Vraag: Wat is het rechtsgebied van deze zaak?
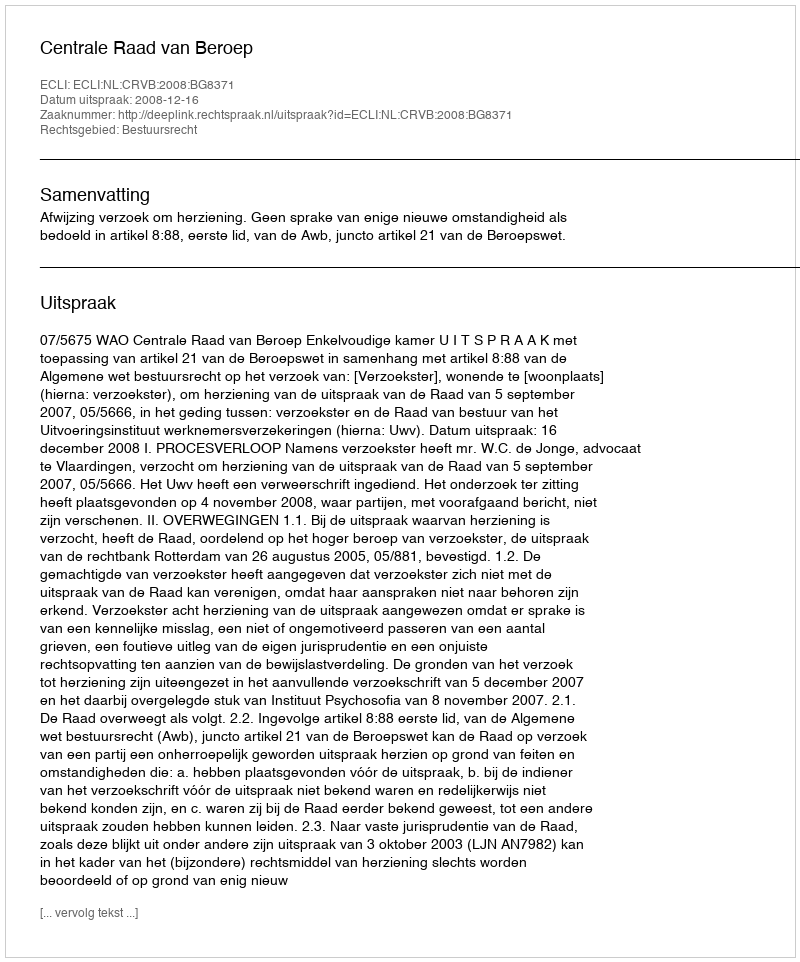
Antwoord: Bestuursrecht